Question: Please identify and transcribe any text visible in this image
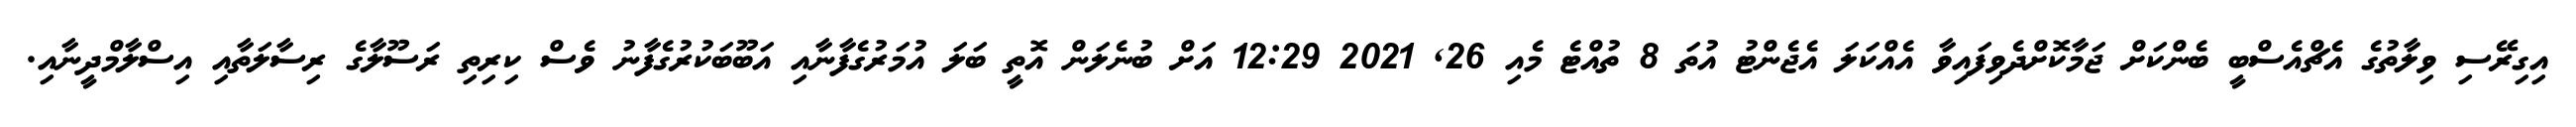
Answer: އިގިރޭސި ވިލާތުގެ އެޗްއެސްބީ ބެންކަށް ޖަމާކޮށްދެވިފައިވާ އެއްކަލަ އެޖެންޓު އުތަ 8 ތުއްޓެ މެއި 26, 2021 12:29 އަށް ބުނެލަން އޮތީ ބަލަ އުމަރުގެފާނާއި އަބޫބަކުރުގެފާނު ވެސް ކިރިތި ރަސޫލާގެ ރިސާލަތާއި އިސްލާމްދީނާއި.